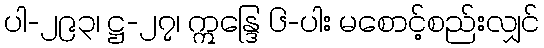
ပါ-၂၉၃၊ ဋ္ဌ-၂၇၊ ဣန္ဒြေ ၆-ပါး မစောင့်စည်းလျှင်